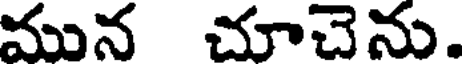
మున చూచెను.